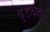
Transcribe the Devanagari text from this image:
वुड्चक